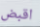
اقبض